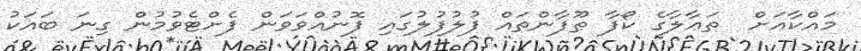
މައްކާއަށް  ތަޢާލާގެ ކޯފާ ޠޫފާންތައް ފުލުފުލުގައި ފޮނުއްވަވަން ފެށްޓެވުމުން ގިނަ ބައަކު